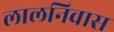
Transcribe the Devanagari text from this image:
लालनिवास